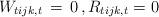
LaTeX: \begin{align*}W_{tijk,t} \,=\, 0\,, R_{tijk,t}=0\end{align*}